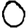
Digit: 0